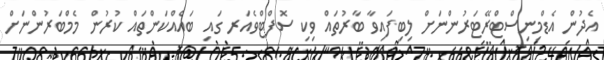
އެދުން އެޑްމިނިސްޓްރޭޓަރުންނަށް ލިބިފައިވާ ބާރުތައް ވިކި ސޮފްޓްވެއަރ ގައި ބައެއްކަންތައް ކުރުން މެމްބަރުންނަށް